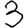
Digit: 3